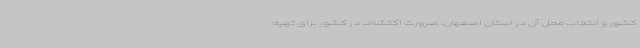
کشور و انتخاب محل آن در استان اصفهان، ضرورت اکتشاف در کشور برای تهیه